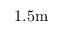
1 . 5 \mathrm { m }